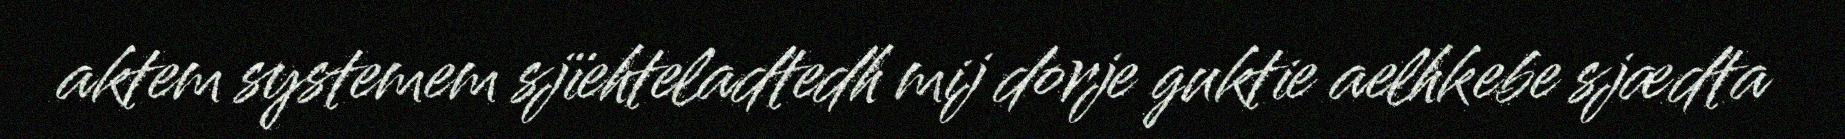
aktem systemem sjïehteladtedh mij dorje guktie aelhkebe sjædta